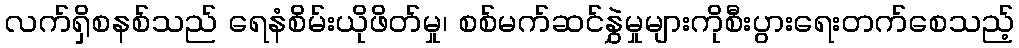
လက်ရှိစနစ်သည် ရေနံစိမ်းယိုဖိတ်မှု၊ စစ်မက်ဆင်နွှဲမှုများကိုစီးပွားရေးတက်စေသည့်